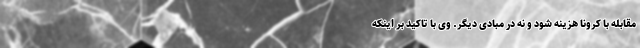
مقابله با کرونا هزینه شود و نه در مبادی دیگر. وی با تاکید بر اینکه